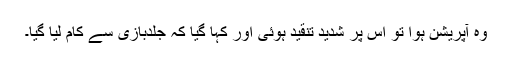
وہ آپریشن ہوا تو اس پر شدید تنقید ہوئی اور کہا گیا کہ جلدبازی سے کام لیا گیا۔